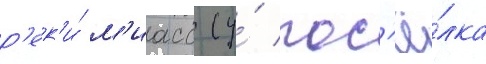
р'ек'и́ м'иасс (у́ пос'ё́лка